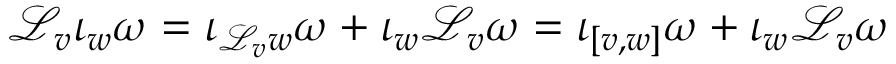
{ \mathcal { L } } _ { v } \iota _ { w } \omega = \iota _ { { \mathcal { L } } _ { v } w } \omega + \iota _ { w } { \mathcal { L } } _ { v } \omega = \iota _ { [ v , w ] } \omega + \iota _ { w } { \mathcal { L } } _ { v } \omega